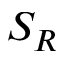
S _ { R }